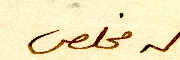
له مخلص